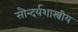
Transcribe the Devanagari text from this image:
सौन्दर्यशास्त्रीय